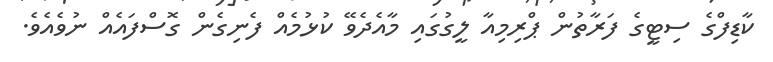
ކާޑިފްގެ ސިޓީގެ ފަރާތުން ޕްރިމިއާ ލީގުގައި މާއެދެވޭ ކުޅުމެއް ފެނިގެން ގޮސްފައެއް ނުވެއެވެ.